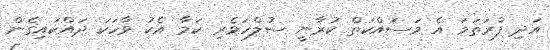
އަދި ފުރަތަމަ އެ މަސައްކަތް ކުރާނީ ސުލްހަވެރި ކަމާ އެކު ވާހަކަ ދައްކައިގެން